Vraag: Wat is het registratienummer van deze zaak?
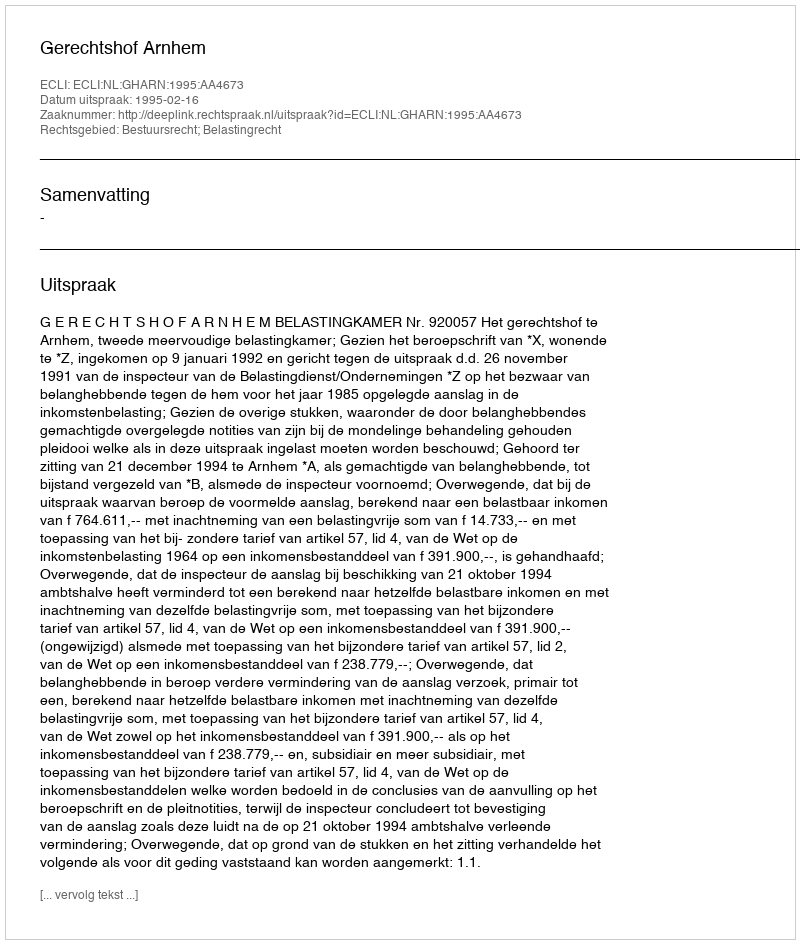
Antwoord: http://deeplink.rechtspraak.nl/uitspraak?id=ECLI:NL:GHARN:1995:AA4673